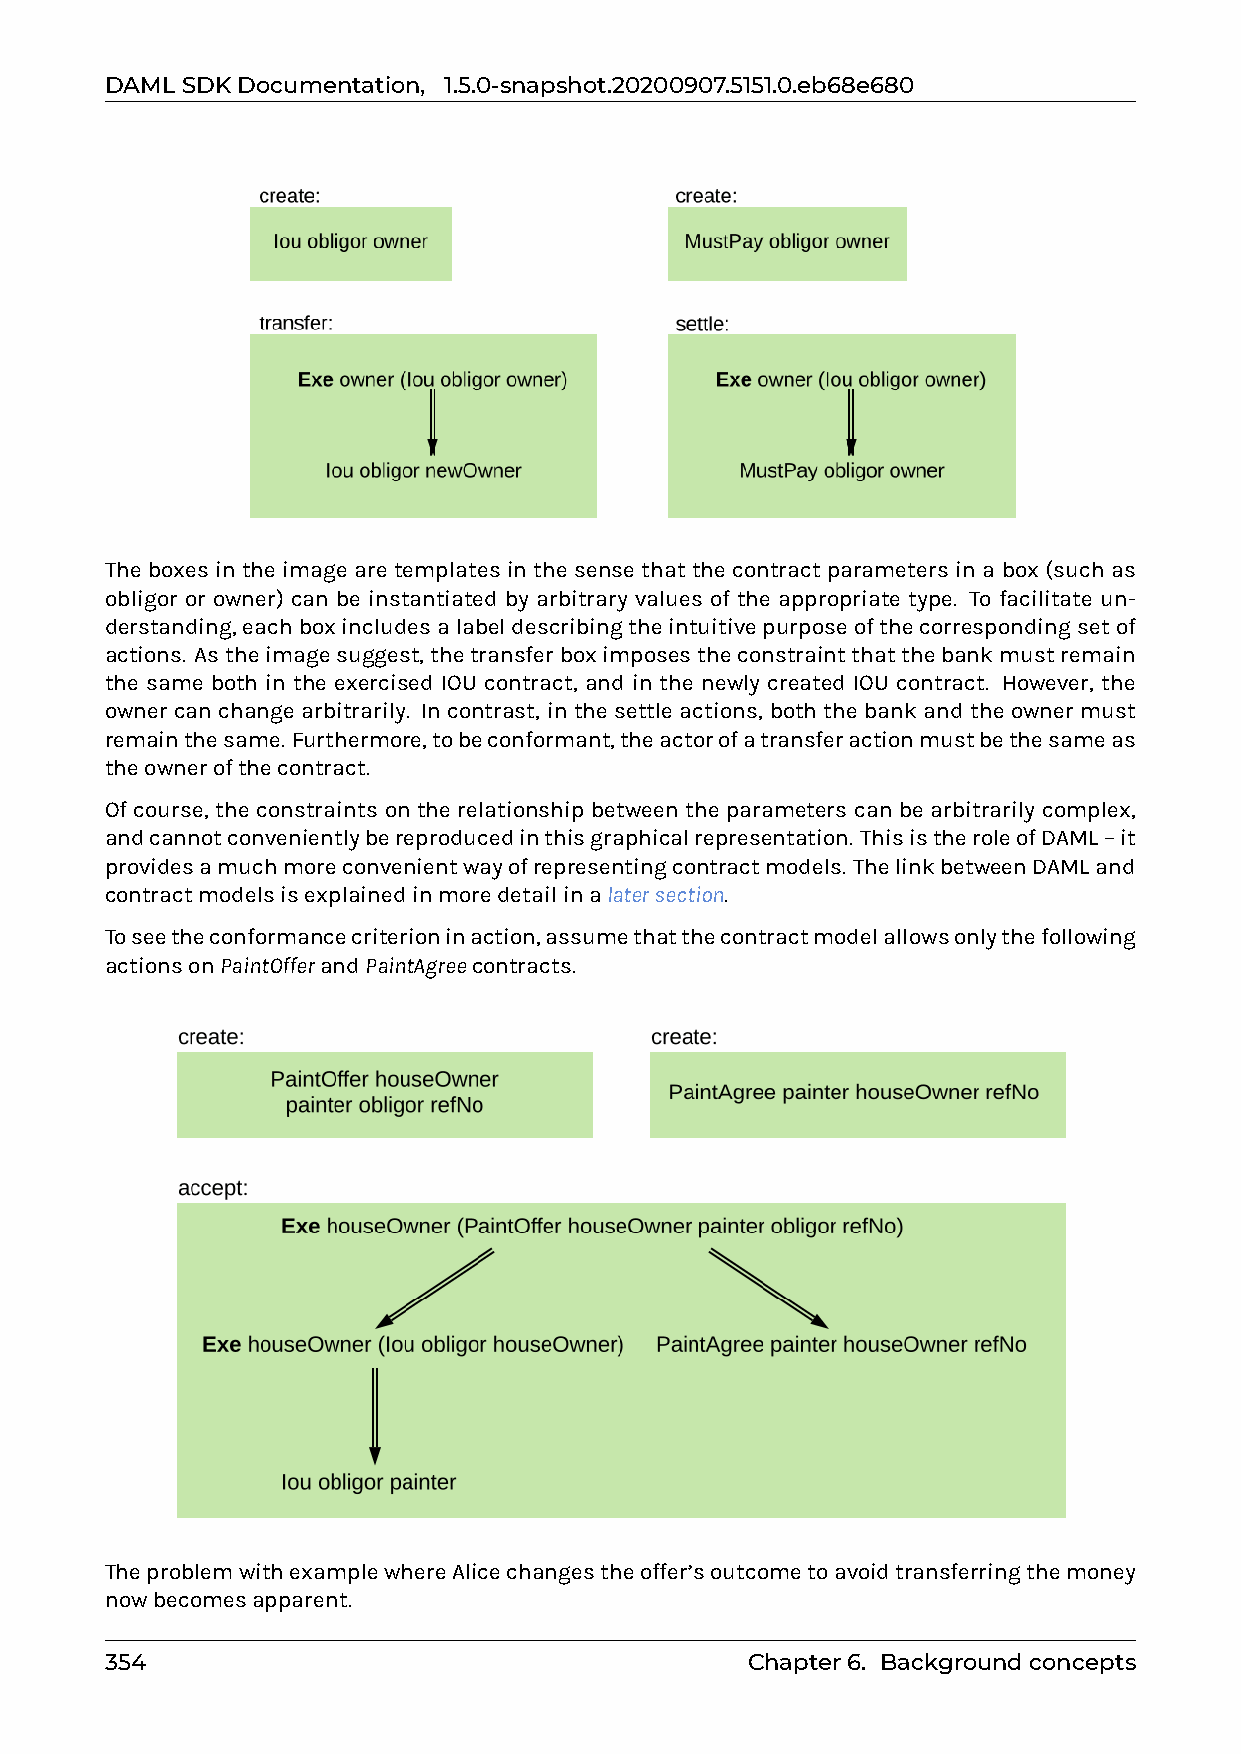
DAMLSDKDocumentation, 1.5.0-snapshot.20200907.5151.0.eb68e680
 The boxes in the image are templates in the sense that the contract parameters in a box (such as
 obligor or owner) can be instantiated by arbitrary values of the appropriate type. To facilitate un-
 derstanding,eachboxincludesalabeldescribingtheintuitivepurposeofthecorrespondingsetof
 actions. Astheimagesuggest,thetransferboximposestheconstraintthatthebankmustremain
 the same both in the exercised IOU contract, and in the newly created IOU contract. However, the
 owner can change arbitrarily. In contrast, in the settle actions, both the bank and the owner must
 remainthesame. Furthermore,tobeconformant,theactorofatransferactionmustbethesameas
 theownerofthecontract.
 Of course, the constraints on the relationship between the parameters can be arbitrarily complex,
 andcannotconvenientlybereproducedinthisgraphicalrepresentation. ThisistheroleofDAML–it
 providesamuchmoreconvenientwayofrepresentingcontractmodels. ThelinkbetweenDAMLand
 contractmodelsisexplainedinmoredetailinalatersection.
 Toseetheconformancecriterioninaction,assumethatthecontractmodelallowsonlythefollowing
 actionsonPaintOfferandPaintAgreecontracts.
 TheproblemwithexamplewhereAlicechangestheoffer’soutcometoavoidtransferringthemoney
 nowbecomesapparent.
 354                                       Chapter6. Backgroundconcepts